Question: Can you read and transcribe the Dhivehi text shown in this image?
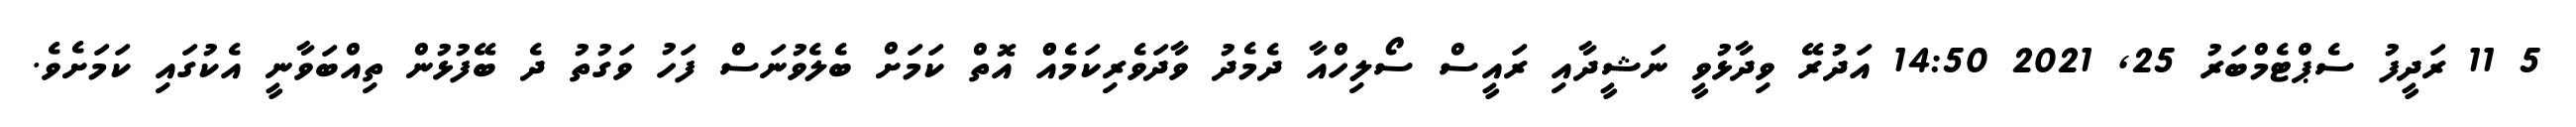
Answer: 5 11 ރަދީފު ސެޕްޓެމްބަރު 25, 2021 14:50 އަދުރޭ ވިދާޅުވީ ނަޝީދާއި ރައީސް ސޯލިހްއާ ދެމެދު ވާދަވެރިކަމެއްް އޮތް ކަމަށް ބެލެވުނަސް ފަހު ވަގުތު ދެ ބޭފުޅުން ތިއްބަވާނީ އެކުގައި ކަމަށެވެ.